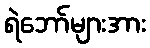
ရဲဘော်များအား